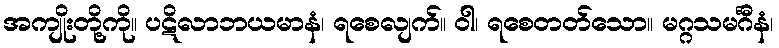
အကျိုးတို့ကို။ ပဋိလာဘယမာနံ၊ ရစေလျက်။ ဝါ၊ ရစေတတ်သော။ မဂ္ဂသမင်္ဂီနံ၊